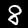
Digit: 8